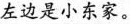
左边是小东家。